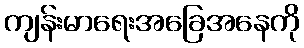
ကျန်းမာရေးအခြေအနေကို